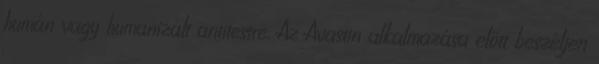
humán vagy humanizált antitestre. Az Avastin alkalmazása előtt beszéljen